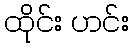
ထိုင်း ဟင်း